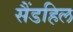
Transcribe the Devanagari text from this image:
सैंडहिल